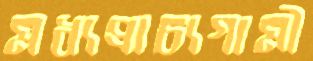
মধ্যপ্রাচ্যগামী